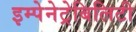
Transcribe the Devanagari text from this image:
इम्पेनेट्रेबिलिटी